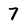
Character: 7